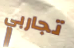
تجاربي